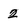
Character: 2